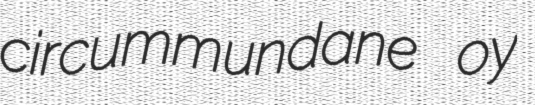
circummundane oy